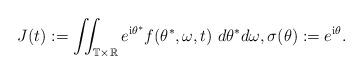
LaTeX: \begin{align*}J(t) :=\iint_{\mathbb T \times \mathbb R} e^{{\mathrm i}\theta^{*}}f(\theta^{*},\omega,t) ~ d\theta^{*} d\omega, \sigma(\theta) :=e^{{\mathrm i}\theta}. \end{align*}